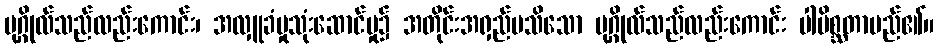
ပုဂ္ဂိုလ်သည်လည်းကောင်း၊ အလှူခံမှုသုံးဆောင်မှု၌ အတိုင်းအရှည်မသိသော ပုဂ္ဂိုလ်သည်လည်းကောင်း ပါပိစ္ဆတာမည်၏။